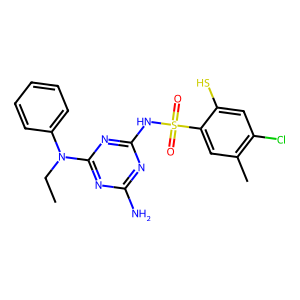
SMILES: CCN(c1ccccc1)c1nc(N)nc(NS(=O)(=O)c2cc(C)c(Cl)cc2S)n1
Inhibits HIV replication: Yes